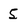
Character: 5